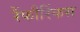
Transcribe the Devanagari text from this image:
रैंफौरिंकस